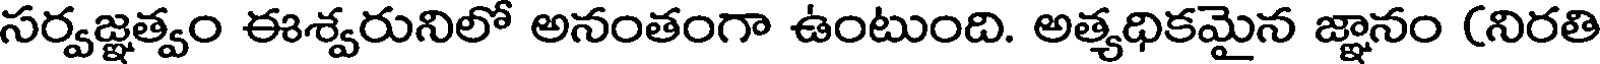
సర్వజ్ఞత్వం ఈశ్వరునిలో అనంతంగా ఉంటుంది. అత్యధికమైన జ్ఞానం (నిరతి